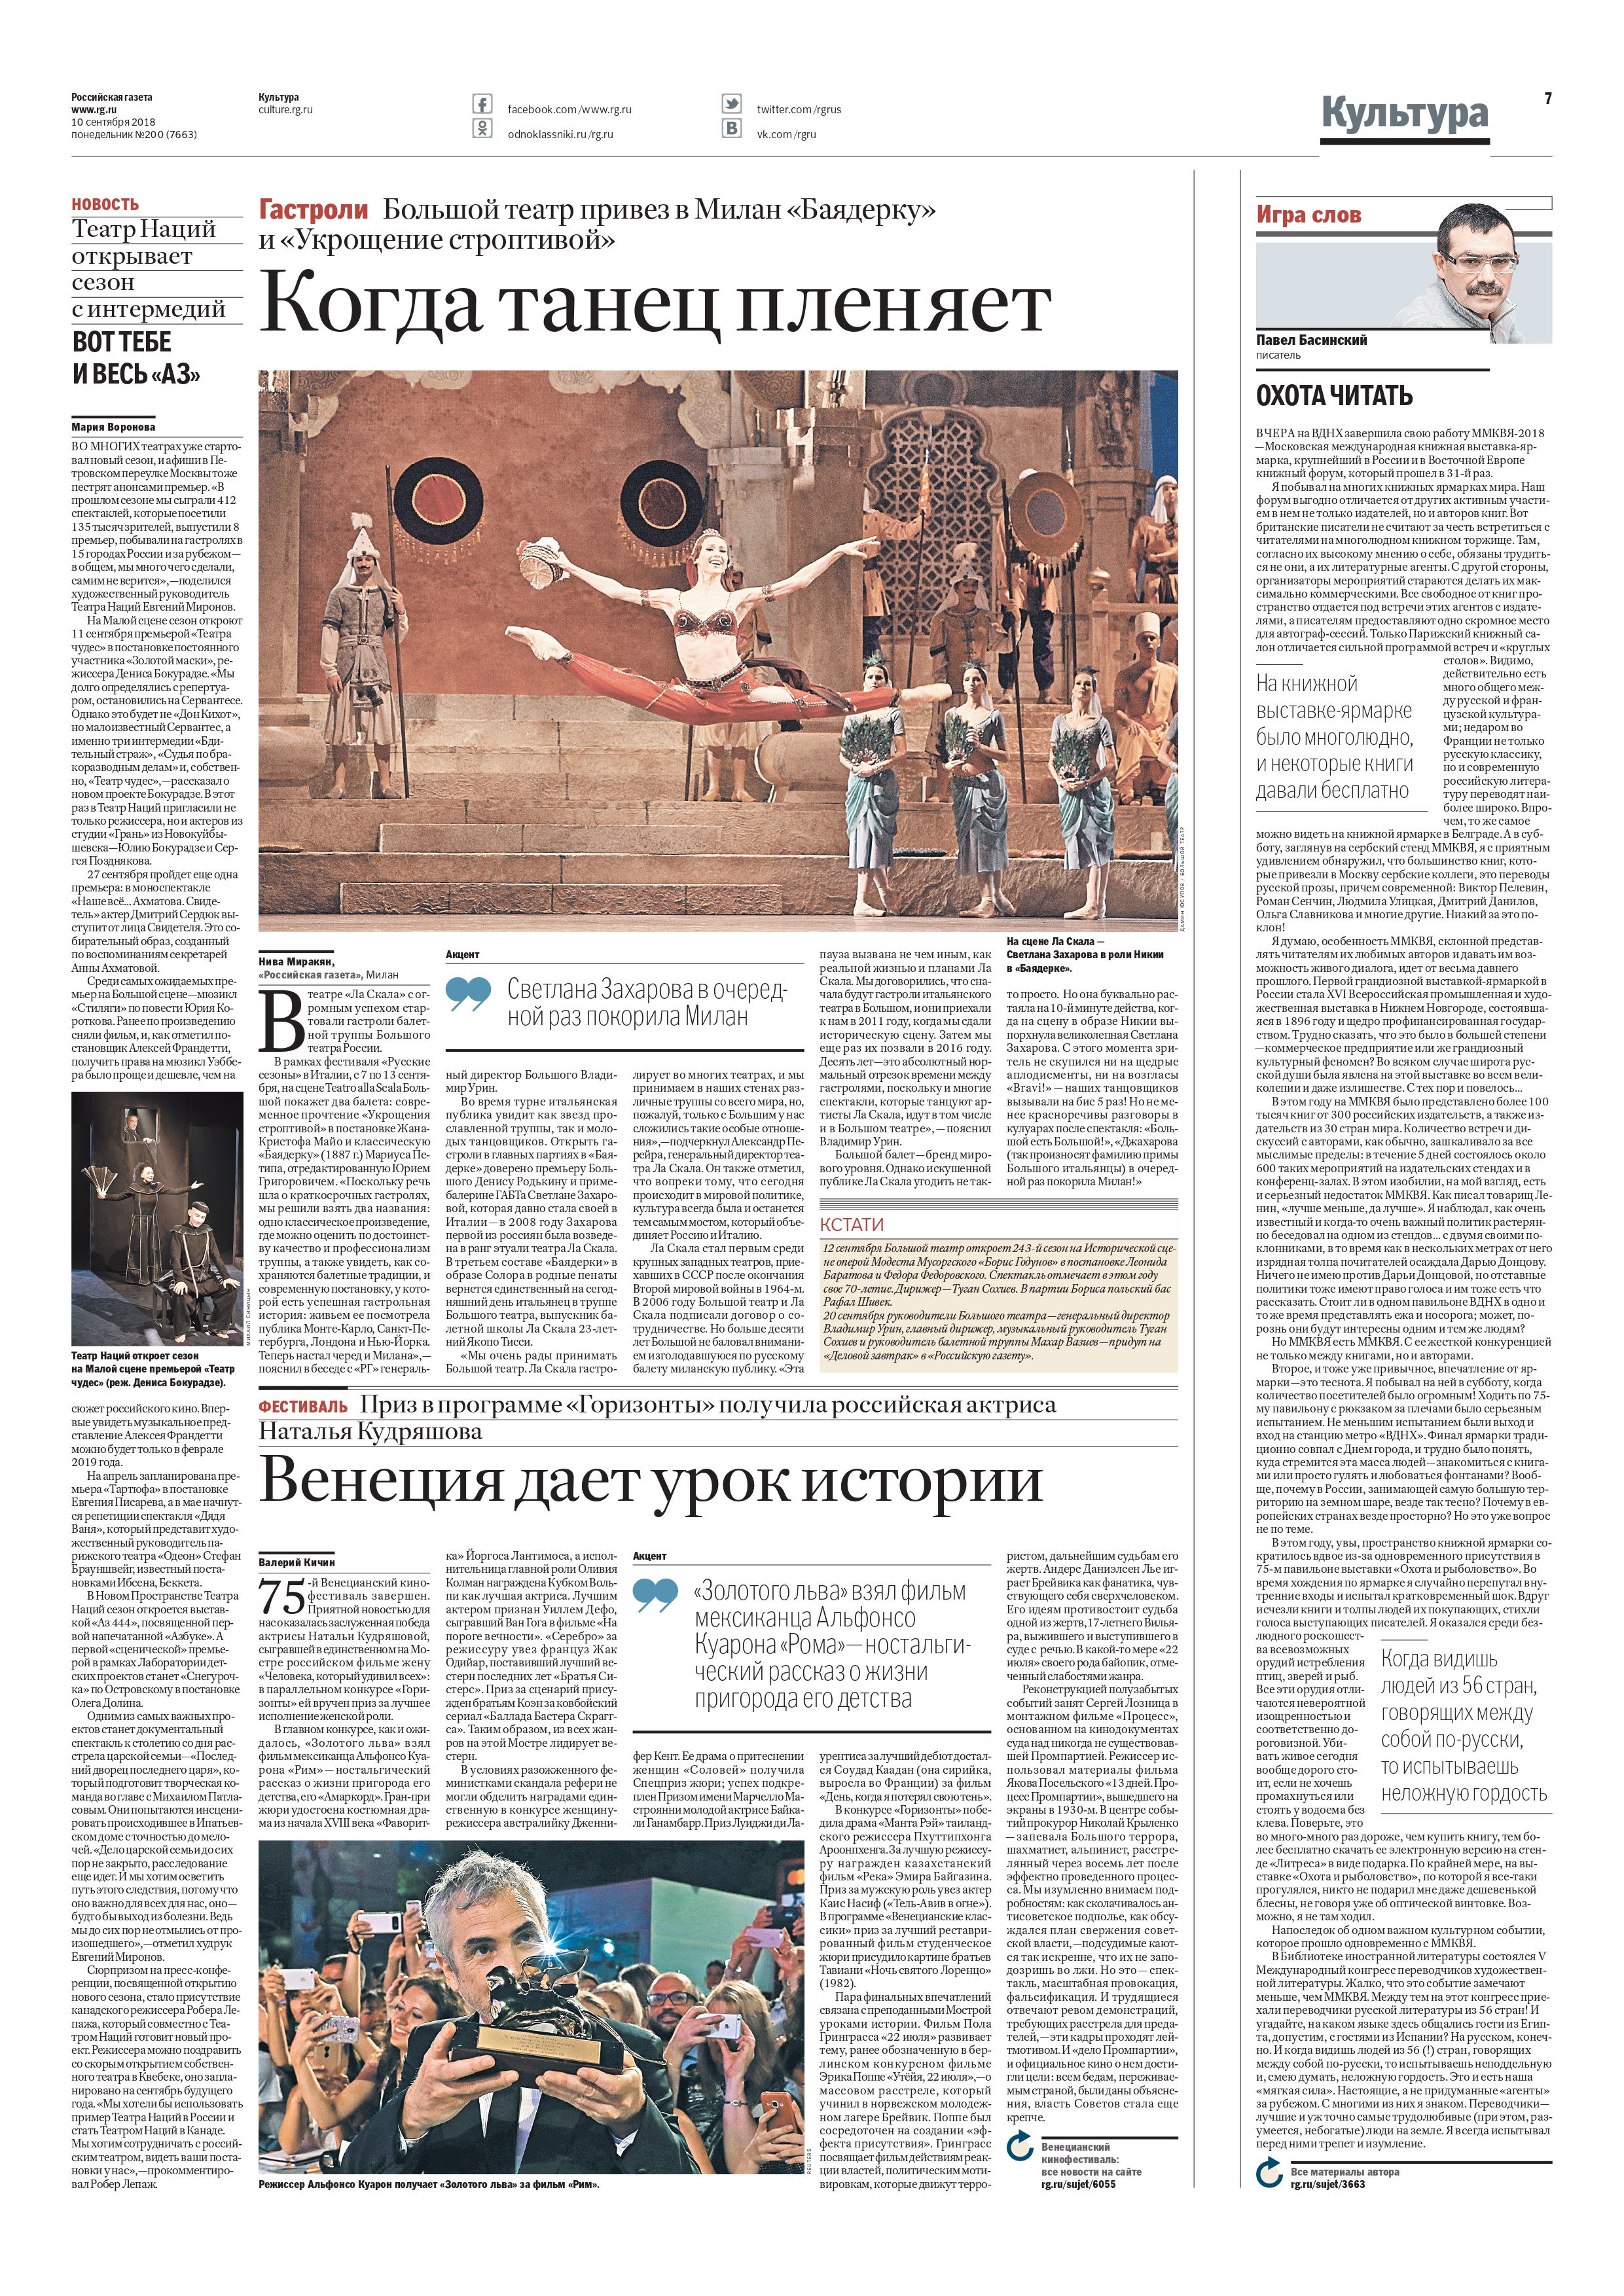
Language: ru